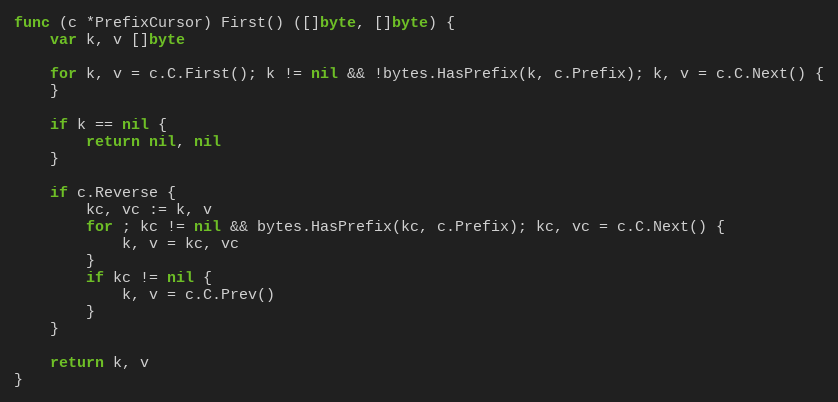
Language: Go
func (c *PrefixCursor) First() ([]byte, []byte) {
	var k, v []byte

	for k, v = c.C.First(); k != nil && !bytes.HasPrefix(k, c.Prefix); k, v = c.C.Next() {
	}

	if k == nil {
		return nil, nil
	}

	if c.Reverse {
		kc, vc := k, v
		for ; kc != nil && bytes.HasPrefix(kc, c.Prefix); kc, vc = c.C.Next() {
			k, v = kc, vc
		}
		if kc != nil {
			k, v = c.C.Prev()
		}
	}

	return k, v
}